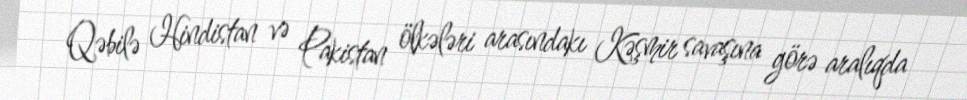
Qəbilə Hindistan və Pakistan ölkələri arasındakı Kəşmir savaşına görə aralıqda